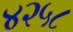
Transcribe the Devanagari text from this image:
४२५८